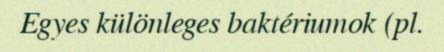
Egyes különleges baktériumok (pl.